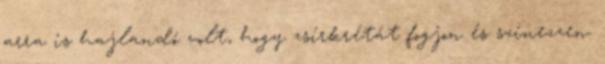
arra is hajlandó volt, hogy zsírkrétát fogjon és színezzen.